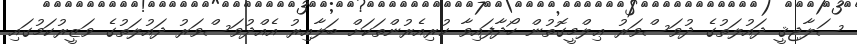
ސަލާޖިޤީ ދައުލަތުގެ ދުވަސްވަރު ޢިލްމީގޮތުން ހޯދާފައިވާ ކުރިއެރުންތަކަށް ބަލާއިރު އެއްދުވަސްވަރު ދައުލަތުގެ ވަޒީރުކަމުގައި